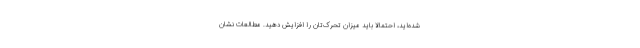
شده‌اید، احتمالا باید میزان تحرک‌تان را افزایش دهید. مطالعات نشان